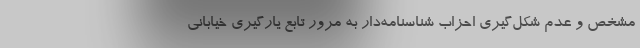
مشخص و عدم شکل‌گیری احزاب شناسنامه‌دار به مرور تابع یارگیری خیابانی